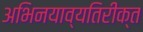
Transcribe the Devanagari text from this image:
अभिनयाव्यतिरीक्त